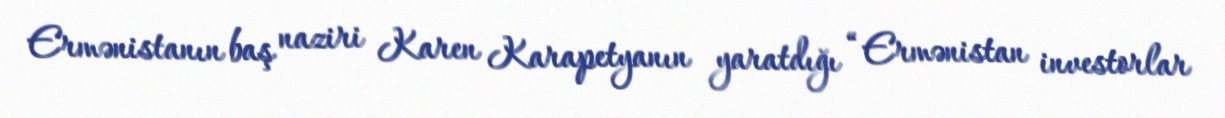
Ermənistanın baş naziri Karen Karapetyanın yaratdığı “Ermənistan investorlar